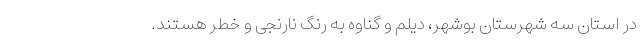
در استان سه شهرستان بوشهر، دیلم و گناوه به رنگ نارنجی و خطر هستند.